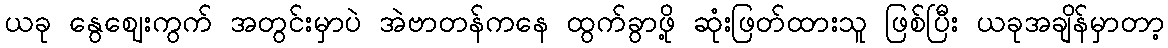
ယခု နွေဈေးကွက် အတွင်းမှာပဲ အဲဗာတန်ကနေ ထွက်ခွာဖို့ ဆုံးဖြတ်ထားသူ ဖြစ်ပြီး ယခုအချိန်မှာတာ့